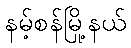
နမ့်စန်မြို့နယ်